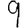
Digit: 9